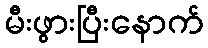
မီးဖွားပြီးနောက်